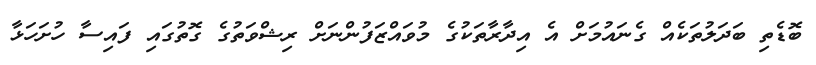
ބޮޑެތި ބަދަލުތަކެއް ގެނައުމަށް އެ އިދާރާތަކުގެ މުވައްޒަފުންނަށް ރިޝްވަތުގެ ގޮތުގައި ފައިސާ ހުށަހަޅާ